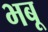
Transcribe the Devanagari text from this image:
भबू